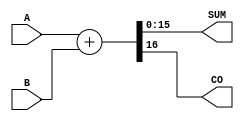

module fulladd_16 (input [15:0] A, B,

		  output [15:0] SUM,
		  output CO);

   assign {CO, SUM} = A + B;
   
endmodule // fulladd_16